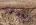
برحلة